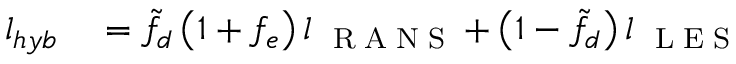
\begin{array} { r l } { l _ { h y b } } & { { } = \tilde { f } _ { d } \left( { 1 + f _ { e } } \right) l _ { \mathrm { ~ \tiny ~ R ~ A ~ N ~ S ~ } } + \left( { 1 - \tilde { f } _ { d } } \right) l _ { \mathrm { ~ \tiny ~ L ~ E ~ S ~ } } } \end{array}